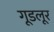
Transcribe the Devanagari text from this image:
गूडलूर